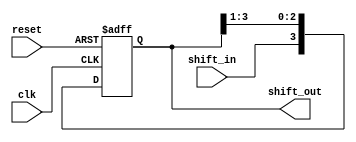
module shift_register (
    input wire clk,
    input wire reset,
    input wire shift_in,
    output reg [3:0] shift_out
);

reg [3:0] reg_data;

always @(posedge clk or posedge reset) begin
    if (reset) begin
        reg_data <= 4'b0000;
    end else begin
        reg_data <= {shift_in, reg_data[3:1]};
    end
end

assign shift_out = reg_data;

endmodule